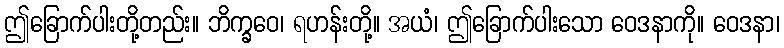
ဤခြောက်ပါးတို့တည်း။ ဘိက္ခဝေ၊ ရဟန်းတို့။ အယံ၊ ဤခြောက်ပါးသော ဝေဒနာကို။ ဝေဒနာ၊